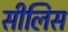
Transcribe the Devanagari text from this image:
सीलिस